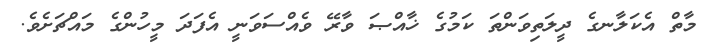
މާތް އެކަލާނގެ ދީލަތިވަންތަ ކަމުގެ ޚާއްޞަ ވާރޭ ވެއްސަވަނީ އެފަދަ މީހުންގެ މައްޗަށެވެ.